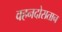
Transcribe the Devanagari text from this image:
वहनदोसतान